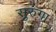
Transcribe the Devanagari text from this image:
सुरुंगा